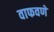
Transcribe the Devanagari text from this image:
वाफवणे